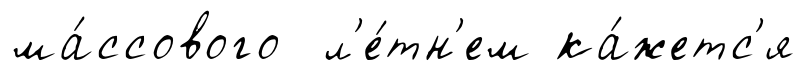
ма́ссового л'е́тн'ем ка́жетс'я